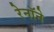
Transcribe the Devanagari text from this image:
रेनॉने